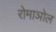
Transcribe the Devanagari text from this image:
रोमाञोल